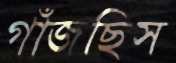
গাঁজছিস